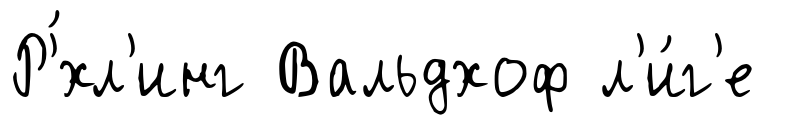
Р'́хл'инг Вальдхоф л'и́г'е